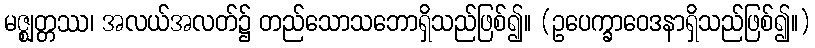
မဇ္ဈတ္တဿ၊ အလယ်အလတ်၌ တည်သောသဘောရှိသည်ဖြစ်၍။ (ဥပေက္ခာဝေဒနာရှိသည်ဖြစ်၍။)